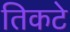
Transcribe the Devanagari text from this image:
तिकटे